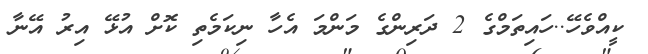
ކީއްވެހޭ..ހައިތަމްގެ 2 ދަރިންގެ މަންމަ އެހާ ނިކަމެތި ކޮށް އުޅޭ އިރު އޭނާ